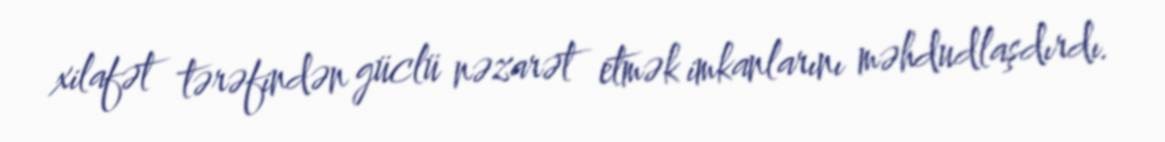
xilafət tərəfindən güclü nəzarət etmək imkanlarını məhdudlaşdırdı.